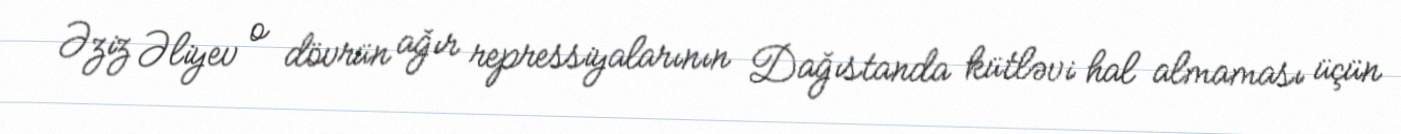
Əziz Əliyev o dövrün ağır repressiyalarının Dağıstanda kütləvi hal almaması üçün